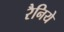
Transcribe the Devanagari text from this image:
रैनिये